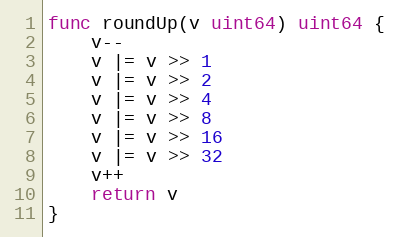
Language: Go
func roundUp(v uint64) uint64 {
	v--
	v |= v >> 1
	v |= v >> 2
	v |= v >> 4
	v |= v >> 8
	v |= v >> 16
	v |= v >> 32
	v++
	return v
}